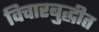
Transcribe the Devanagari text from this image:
विचारबुद्धीत